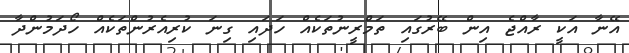
އޭނާ އަކީ ރާއްޖެ އިން ބޭރުގައި ތަމްރީނުތަކެއް ހަދައި ގިނަ ކުރިއެރުންތަކެއް ހޯދަމުންދާ